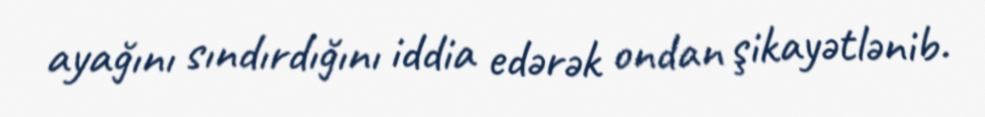
ayağını sındırdığını iddia edərək ondan şikayətlənib.